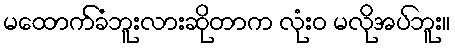
မထောက်ခံဘူးလားဆိုတာက လုံးဝ မလိုအပ်ဘူး။